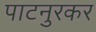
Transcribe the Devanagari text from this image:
पाटनुरकर